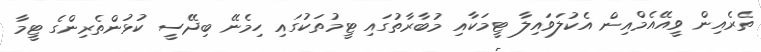
ތެރެއިން ވީއޭއެމްއިން އެކުލަވައިލާ ޓީމަކާއި މުބާރާތުގައި ޓީމުތަކުގައި ހިމެނޭ ބިދޭސީ ކުޅުންތެރިންގެ ޓީމާ